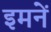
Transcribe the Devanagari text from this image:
इमनें